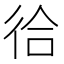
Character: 㣛